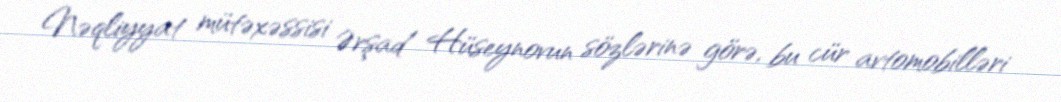
Nəqliyyat mütəxəssisi Ərşad Hüseynovun sözlərinə görə, bu cür avtomobilləri